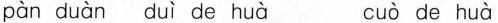
ρàn duàn duì de huà cuò de huà